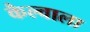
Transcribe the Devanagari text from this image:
कैल्वाला